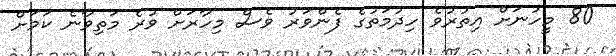
80 މީހުނަށް އިތުރުވެ ހިދުމަތުގެ ފެންވަރު ވެސް މިހާރަށް ވުރެ މަތިވާނެ ކަމަށް